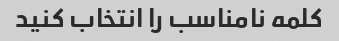
کلمه نامناسب را انتخاب کنید